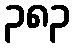
၃၈၃